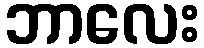
ဘာလေး